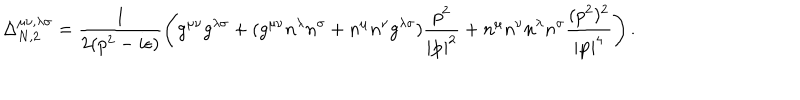
\Delta _ { N , 2 } ^ { \mu \nu , \lambda \sigma } = \frac { 1 } { 2 ( p ^ { 2 } - i \epsilon ) } \left( g ^ { \mu \nu } g ^ { \lambda \sigma } + ( g ^ { \mu \nu } n ^ { \lambda } n ^ { \sigma } + n ^ { \mu } n ^ { \nu } g ^ { \lambda \sigma } ) \frac { p ^ { 2 } } { | { \bf p } | ^ { 2 } } + n ^ { \mu } n ^ { \nu } n ^ { \lambda } n ^ { \sigma } \frac { ( p ^ { 2 } ) ^ { 2 } } { | { \bf p } | ^ { 4 } } \right) .